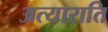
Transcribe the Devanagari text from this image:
अत्याराति